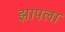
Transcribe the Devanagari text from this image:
झापला